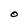
Character: O